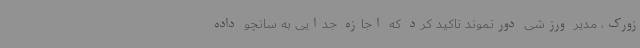
زورک، مدیر ورزشی دورتموند تاکید کرد که اجازه جدایی به سانچو داده